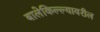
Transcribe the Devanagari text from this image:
बालेकिल्ल्यावरील